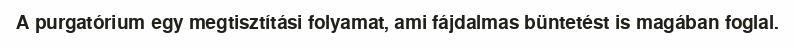
A purgatórium egy megtisztítási folyamat, ami fájdalmas büntetést is magában foglal.